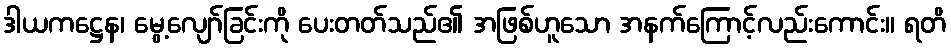
ဒါယကဋ္ဌေန၊ မွေ့လျော်ခြင်းကို ပေးတတ်သည်၏ အဖြစ်ဟူသော အနက်ကြောင့်လည်းကောင်း။ ရတိ